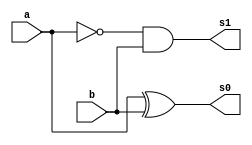
 // ------------------------- 
// Exemplo0022 - FULL DIF 
// Nome: Lucas Cardoso 
// ------------------------- 
// ------------------------- 
// full dif 
// ------------------------- 
module Dif (output s0, 
output s1,
input a, 
input b);
wire n;
not NOT1 (n,a);
xor XOR1 (s0,a,b);
and AND1 (s1,n,b);
endmodule//Dif

module fullDif (output s2,
output Carry_out,
input Carry_in,
input x,
input y);
wire temp1,temp2,temp3;
Dif D1 (temp1,temp2,x,y);
Dif D2 (s2,temp3,temp1,Carry_in);
or OR1(Carry_out,temp3,temp2);
endmodule//fullDif

module Prin (output [3:0] s,
output sinal,
input [3:0] x1,
input [3:0] y1,
input Carry_in);
wire temp4,temp5,temp6;
fullDif fD1(s[0],temp4,Carry_in,x1[0],y1[0]);
fullDif fD2(s[1],temp5,temp4,x1[1],y1[1]);
fullDif fD3(s[2],temp6,temp5,x1[2],y1[2]);
fullDif fD4(s[3],sinal,temp6,x1[3],y1[3]);
endmodule//Prin

module testPrin;
// ------------------------- definir dados 
reg [3:0] x;
reg [3:0] y;
reg  v;
wire [3:0] s;
wire sinal; 
Prin modulo ( s, sinal, x, y, v);
// ------------------------- parte principal 
initial begin 
$display("Exemplo0022 - Lucas Cardoso - 441694"); 
$display("Test AU's module"); 
x = 4'b0000; y = 4'b0000; v = 'b0; 
// projetar testes do modulo 
$display("\na b Carry_in sinal s");
#1 $monitor("%b %b %b %b %b",x,y,v,sinal,s);
#1 x='b0001;y ='b0001; v= 'b0;  
#1 x='b0010;y ='b0010; v= 'b0;
#1 x='b0011;y ='b0011; v= 'b0;

#1 x='b0100;y ='b0100; v= 'b0; 
#1 x='b0101;y ='b0101; v= 'b0;  
#1 x='b0110;y ='b0110; v= 'b0;
#1 x='b0111;y ='b0111; v= 'b0;

#1 x='b1000;y ='b1000; v= 'b0; 
#1 x='b1001;y ='b1001; v= 'b0;  
#1 x='b1010;y ='b1010; v= 'b0;
#1 x='b1011;y ='b1011; v= 'b0;

#1 x='b1100;y ='b1100; v= 'b0; 
#1 x='b1101;y ='b1101; v= 'b0;  
#1 x='b1110;y ='b1110; v= 'b0;
#1 x='b1111;y ='b1111; v= 'b0;

#1 x='b0000;y ='b0000; v= 'b1; 
#1 x='b0001;y ='b0001; v= 'b1;  
#1 x='b0010;y ='b0010; v= 'b1;
#1 x='b0011;y ='b0011; v= 'b1;

#1 x='b0100;y ='b0100; v= 'b1; 
#1 x='b0101;y ='b0101; v= 'b1;  
#1 x='b0110;y ='b0110; v= 'b1;
#1 x='b0111;y ='b0111; v= 'b1;

#1 x='b1000;y ='b1000; v= 'b1; 
#1 x='b1001;y ='b1001; v= 'b1;  
#1 x='b1010;y ='b1010; v= 'b1;
#1 x='b1011;y ='b1011; v= 'b1;

#1 x='b1100;y ='b1100; v= 'b1; 
#1 x='b1101;y ='b1101; v= 'b1;  
#1 x='b1110;y ='b1110; v= 'b1;
#1 x='b1111;y ='b1111; v= 'b1;

end 
endmodule // test_FullAdder